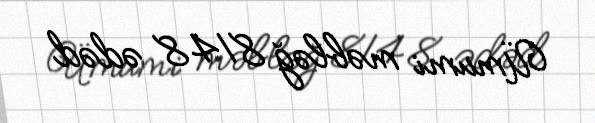
Ümumi məbləğ 8148 ədəd